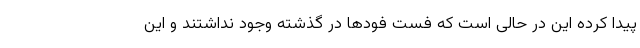
پیدا کرده این در حالی است که فست فودها در گذشته وجود نداشتند و این